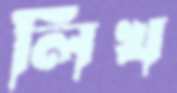
লিখ